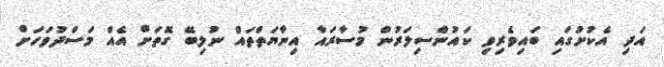
އަދި އެކުށުގައި ބައިވެރިވި ކައުންސިލަރުން މުސާރައާ އިނާޔަތްތައް ނުލިބޭ ގޮތަށް އެއް މަސްދުވަހަށް